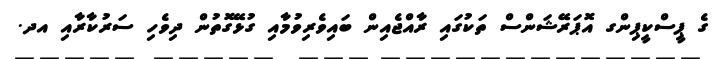
ގެ ޕީސްކީޕިންގ އޮޕަރޭޝަންސް ތަކުގައި ރާއްޖެއިން ބައިވެރިވުމާއި ގުޅޭގޮތުން ދިވެހި ސަރުކާރާއި އދ.